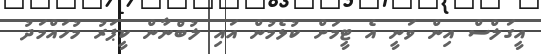
އީގަލްސް އިން ވަނީ އެ ޓީމަށް ކުޅެމުން އައި ލުބްނާން ކީޕަރު މުހައްމަދު